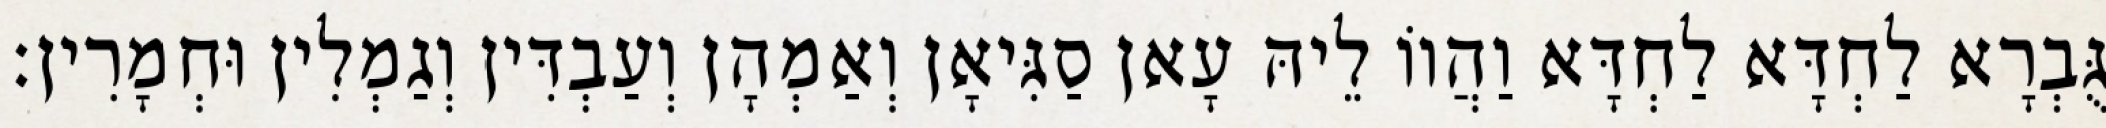
גֻּבְרָא לַחְדָּא לַחְדָּא וַהֲווֹ לֵיהּ עָאן סַגִּיאָן וְאַמְהָן וְעַבְדִּין וְגַמְלִין וּחְמָרִין׃